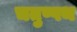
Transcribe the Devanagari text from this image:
चतुष्पथ